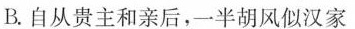
B.自从贵主和亲后，一半胡风似汉家